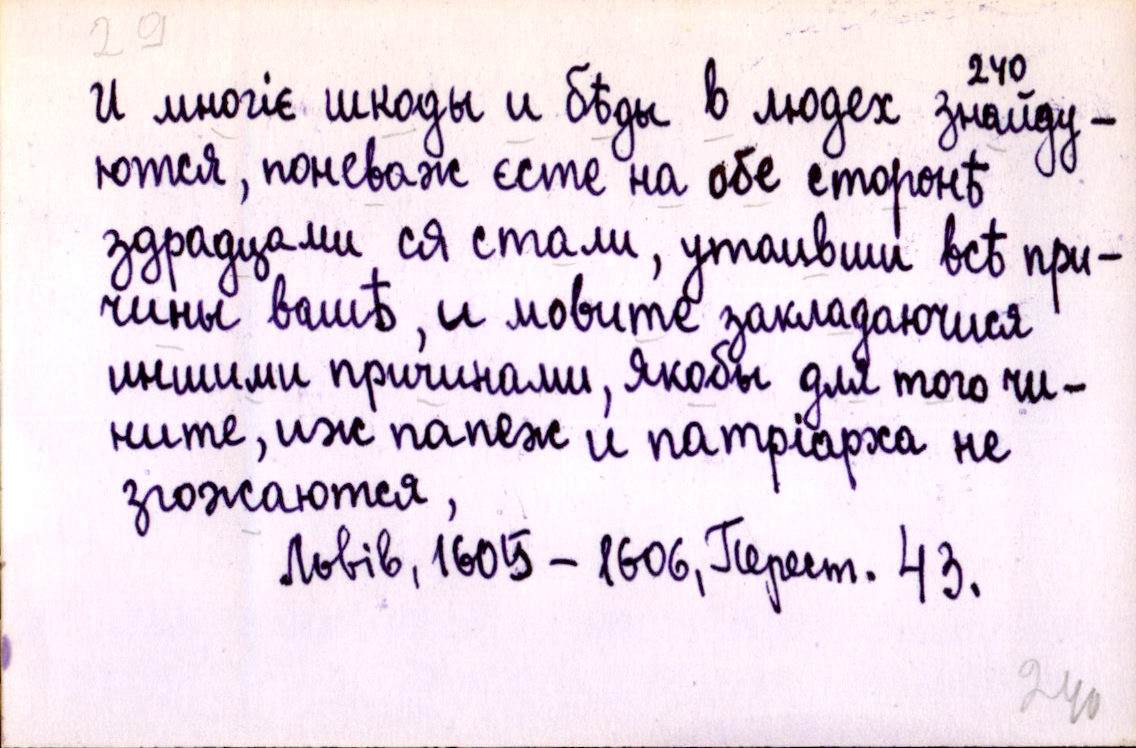
И многіє шкоды и бѣды в людех знайду-
ются, поневаж єсте на обе сторонѣ
здрадцами ся стали, утаивши всѣ при-
чины вашѣ, и мовите закладаючися
иншими причинами, якобы для того чи-
ните, иж папеж и патріарха не
згожаются,
Львів, 1605-1606, Перест. 43.